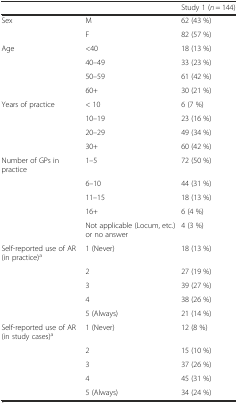
<table><thead><tr><td></td><td></td><td><b>Study 1 (<i>n</i> = 144)</b></td></tr></thead><tbody><tr><td>Sex</td><td>M</td><td>62 (43 %)</td></tr><tr><td></td><td>F</td><td>82 (57 %)</td></tr><tr><td>Age</td><td>&lt;40</td><td>18 (13 %)</td></tr><tr><td></td><td>40–49</td><td>33 (23 %)</td></tr><tr><td></td><td>50–59</td><td>61 (42 %)</td></tr><tr><td></td><td>60+</td><td>30 (21 %)</td></tr><tr><td>Years of practice</td><td>&lt; 10</td><td>6 (7 %)</td></tr><tr><td></td><td>10–19</td><td>23 (16 %)</td></tr><tr><td></td><td>20–29</td><td>49 (34 %)</td></tr><tr><td></td><td>30+</td><td>60 (42 %)</td></tr><tr><td>Number of GPs in practice</td><td>1–5</td><td>72 (50 %)</td></tr><tr><td></td><td>6–10</td><td>44 (31 %)</td></tr><tr><td></td><td>11–15</td><td>18 (13 %)</td></tr><tr><td></td><td>16+</td><td>6 (4 %)</td></tr><tr><td></td><td>Not applicable (Locum, etc.) or no answer</td><td>4 (3 %)</td></tr><tr><td>Self-reported use of AR (in practice)<sup>a</sup></td><td>1 (Never)</td><td>18 (13 %)</td></tr><tr><td></td><td>2</td><td>27 (19 %)</td></tr><tr><td></td><td>3</td><td>39 (27 %)</td></tr><tr><td></td><td>4</td><td>38 (26 %)</td></tr><tr><td></td><td>5 (Always)</td><td>21 (14 %)</td></tr><tr><td>Self-reported use of AR (in study cases)<sup>a</sup></td><td>1 (Never)</td><td>12 (8 %)</td></tr><tr><td></td><td>2</td><td>15 (10 %)</td></tr><tr><td></td><td>3</td><td>37 (26 %)</td></tr><tr><td></td><td>4</td><td>45 (31 %)</td></tr><tr><td></td><td>5 (Always)</td><td>34 (24 %)</td></tr></tbody></table>